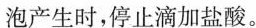
泡产生时，停止滴加盐酸。